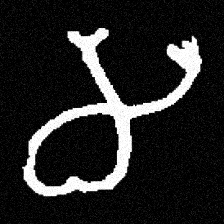
Pyu character \u2014 Myanmar letter: မ (romanized: ma)